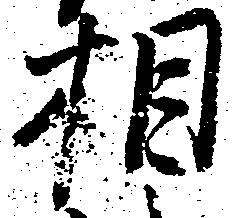
相